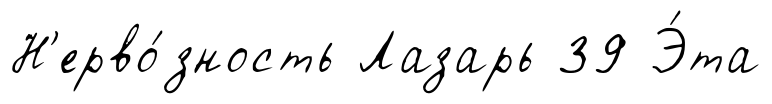
Н'ерво́зность Лазарь 39 Э́та